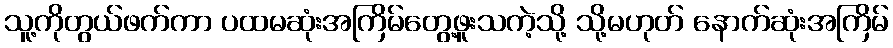
သူ့ကိုတွယ်ဖက်ကာ ပထမဆုံးအကြိမ်တွေ့ဖူးသကဲ့သို့ သို့မဟုတ် နောက်ဆုံးအကြိမ်